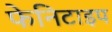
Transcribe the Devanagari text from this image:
फेनिटाइप